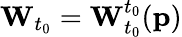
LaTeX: \mathbf{W}_{t_{0}}=\mathbf{W}_{t_{0}}^{t_{0}}(\mathbf{p})